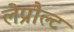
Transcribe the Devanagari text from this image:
लेप्रौल्ट